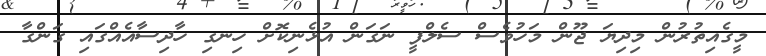
މީގެއިތުރުން މިދިޔަ ޖޫން މަހުވެސް ސެލްފީ ނަގަން އުޅެނިކޮށް ހިނގި ހާދިސާއެއްގައި ގަންގާ